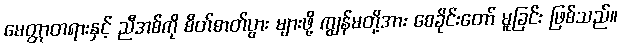
မေတ္တာတရားနှင့် ညီအစ်ကို စိတ်ဓာတ်ပွား များဖို့ ကျွန်မတို့အား စေခိုင်းတော် မူခြင်း ဖြစ်သည်။